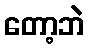
တော့ဘဲ